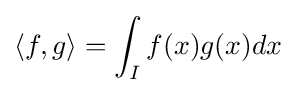
\langle f,g\rangle =\int _{I}f(x)g(x)dx